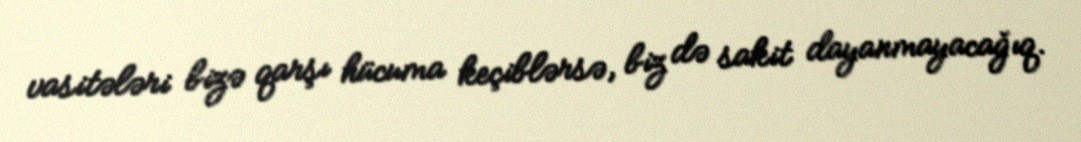
vasitələri bizə qarşı hücuma keçiblərsə, biz də sakit dayanmayacağıq.